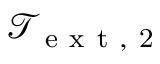
\mathcal { T } _ { \mathrm { ~ e ~ x ~ t ~ , ~ 2 ~ } }